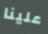
علينا